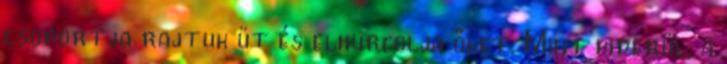
csoportja rajtuk üt és elhurcolja őket. Mint kiderül, a